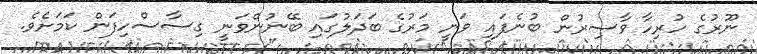
ނޫރުގެ ހުރިހާ ވާސިރުން ބުނެފައި ވަނީ މަރުގެ ބަދަލުގައި ބޭނުންވަނީ ގިސާސްހިފަން ކަމަށެވެ.